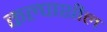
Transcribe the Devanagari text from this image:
कल्पाशील